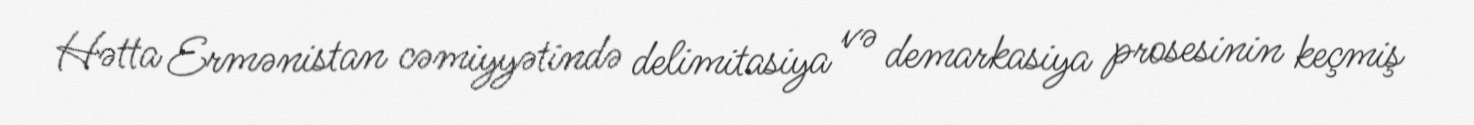
Hətta Ermənistan cəmiyyətində delimitasiya və demarkasiya prosesinin keçmiş